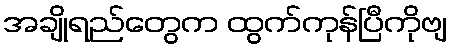
အချိုရည်တွေက ထွက်ကုန်ပြီကိုဗျ